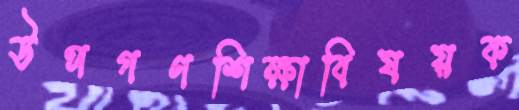
উপগণশিক্ষাবিষয়ক